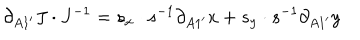
\partial _ { A 1 ^ { \prime } } J \cdot J ^ { - 1 } = s _ { x } \cdot s ^ { - 1 } \partial _ { A 1 ^ { \prime } } x + s _ { y } \cdot s ^ { - 1 } \partial _ { A 1 ^ { \prime } } y